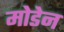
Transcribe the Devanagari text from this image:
मोडेन